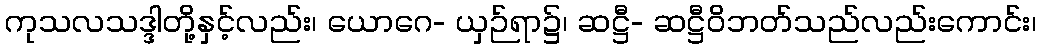
ကုသလသဒ္ဒါတို့နှင့်လည်း၊ ယောဂေ- ယှဉ်ရာ၌၊ ဆဋ္ဌီ- ဆဋ္ဌီဝိဘတ်သည်လည်းကောင်း၊